Civil Veterinary Dept. Bombay admin report 1907-1913 - 1907-1913
Year: 1907
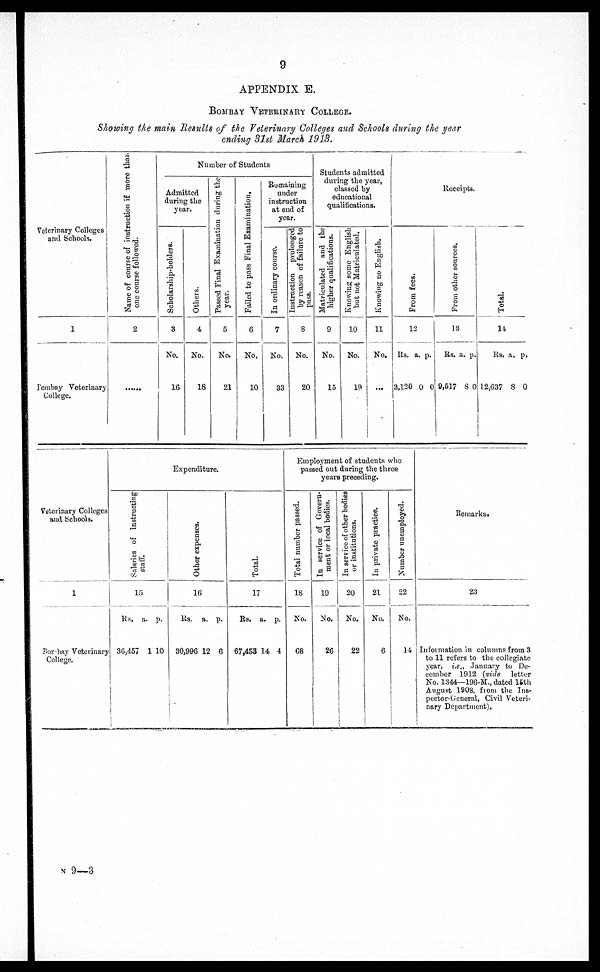
9
APPENDIX B.
BOMBAY VETERINARY COLLEGE.
Showing the main Results of the Veterinary Colleges and Schools during the year
ending 31st March 1913.
Veterinary Colleges
and Schools.
1
Bombay Veterinary
College.
Name
of course of instruction if more than
one course followed.
2
......
Number of Students
Admitted
during the
year.
Scholarship-holders.
3
No.
16
Others.
4
No.
18
Passed Final Examination during the
year.
5
No.
21
Failed to pass Final Examination.
6
No.
10
Remaining
under
instruction
at end of
year.
In ordinary course.
7
No.
33
Instruction prolonged
by reason of failure to
pass.
8
No.
20
Students admitted
during the year,
classed by
educational
qualifications.
Matriculated and the
higher qualifications.
9
No.
15
Knowing some English
but not Matriculated.
10
No.
19
Knowing no English.
11
No.
...
Receipts.
Fr om fees.
12
Rs.
3,120
a.
0
p.
0
Fr om other sources.
13
Rs.
9,517
a.
8
p.
0
Total.
14
Rs.
12,637
a.
8
p.
0
Veterinary Colleges
and Schools.
1
Bombay Veterinary
College.
Expenditure.
Salaries of i
ns t
r uct i
ng
staff.
15
Rs.
36,457
a.
1
p.
10
Other expenses.
16
Rs.
30,906
a.
12
p.
6
Total.
17
Rs.
67,453
a.
14
p.
4
Employment of students who
passed out during the three
years preceding.
Total number passed.
18
No.
68
In service of Govern-
ment or local bodies.
19
No.
26
In service of other bodies
or institutions.
20
No.
22
In private practice.
21
No.
6
Number unemployed.
22
No.
14
Remarks.
23
Information in columns from 3
to 11 refers to the collegiate
year, i.e., January to De-
cember 1912 (vide letter
No. 1344—196-M., dated 15th
August 1908, from the Ins-
pector-General, Civil Veteri-
nary Department).
N 9—3